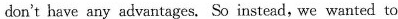
don't have any advantages. So instead, we wanted to